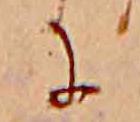
に